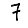
Digit: 7